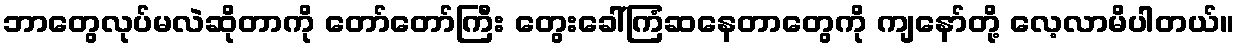
ဘာတွေလုပ်မလဲဆိုတာကို တော်တော်ကြီး တွေးခေါ်ကြံဆနေတာတွေကို ကျနော်တို့ လေ့လာမိပါတယ်။